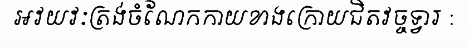
អវយវៈត្រង់ចំណែកកាយខាងក្រោយជិតវច្ចទ្វារ :